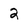
Character: 2